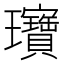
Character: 𬎞